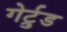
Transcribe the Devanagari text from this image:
गेर्ट्रुड